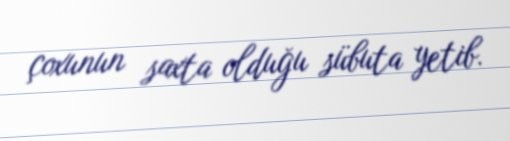
çoxunun saxta olduğu sübuta yetib.